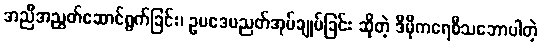
အညီအညွတ်ဆောင်ရွက်ခြင်း၊ ဥပဒေပညတ်အုပ်ချုပ်ခြင်း ဆိုတဲ့ ဒီမိုကရေစီသဘောပါတဲ့